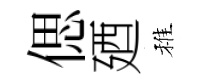
偲廼稚